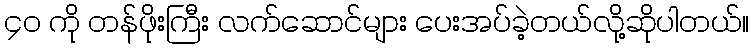
၄၀ ကို တန်ဖိုးကြီး လက်ဆောင်များ ပေးအပ်ခဲ့တယ်လို့ဆိုပါတယ်။